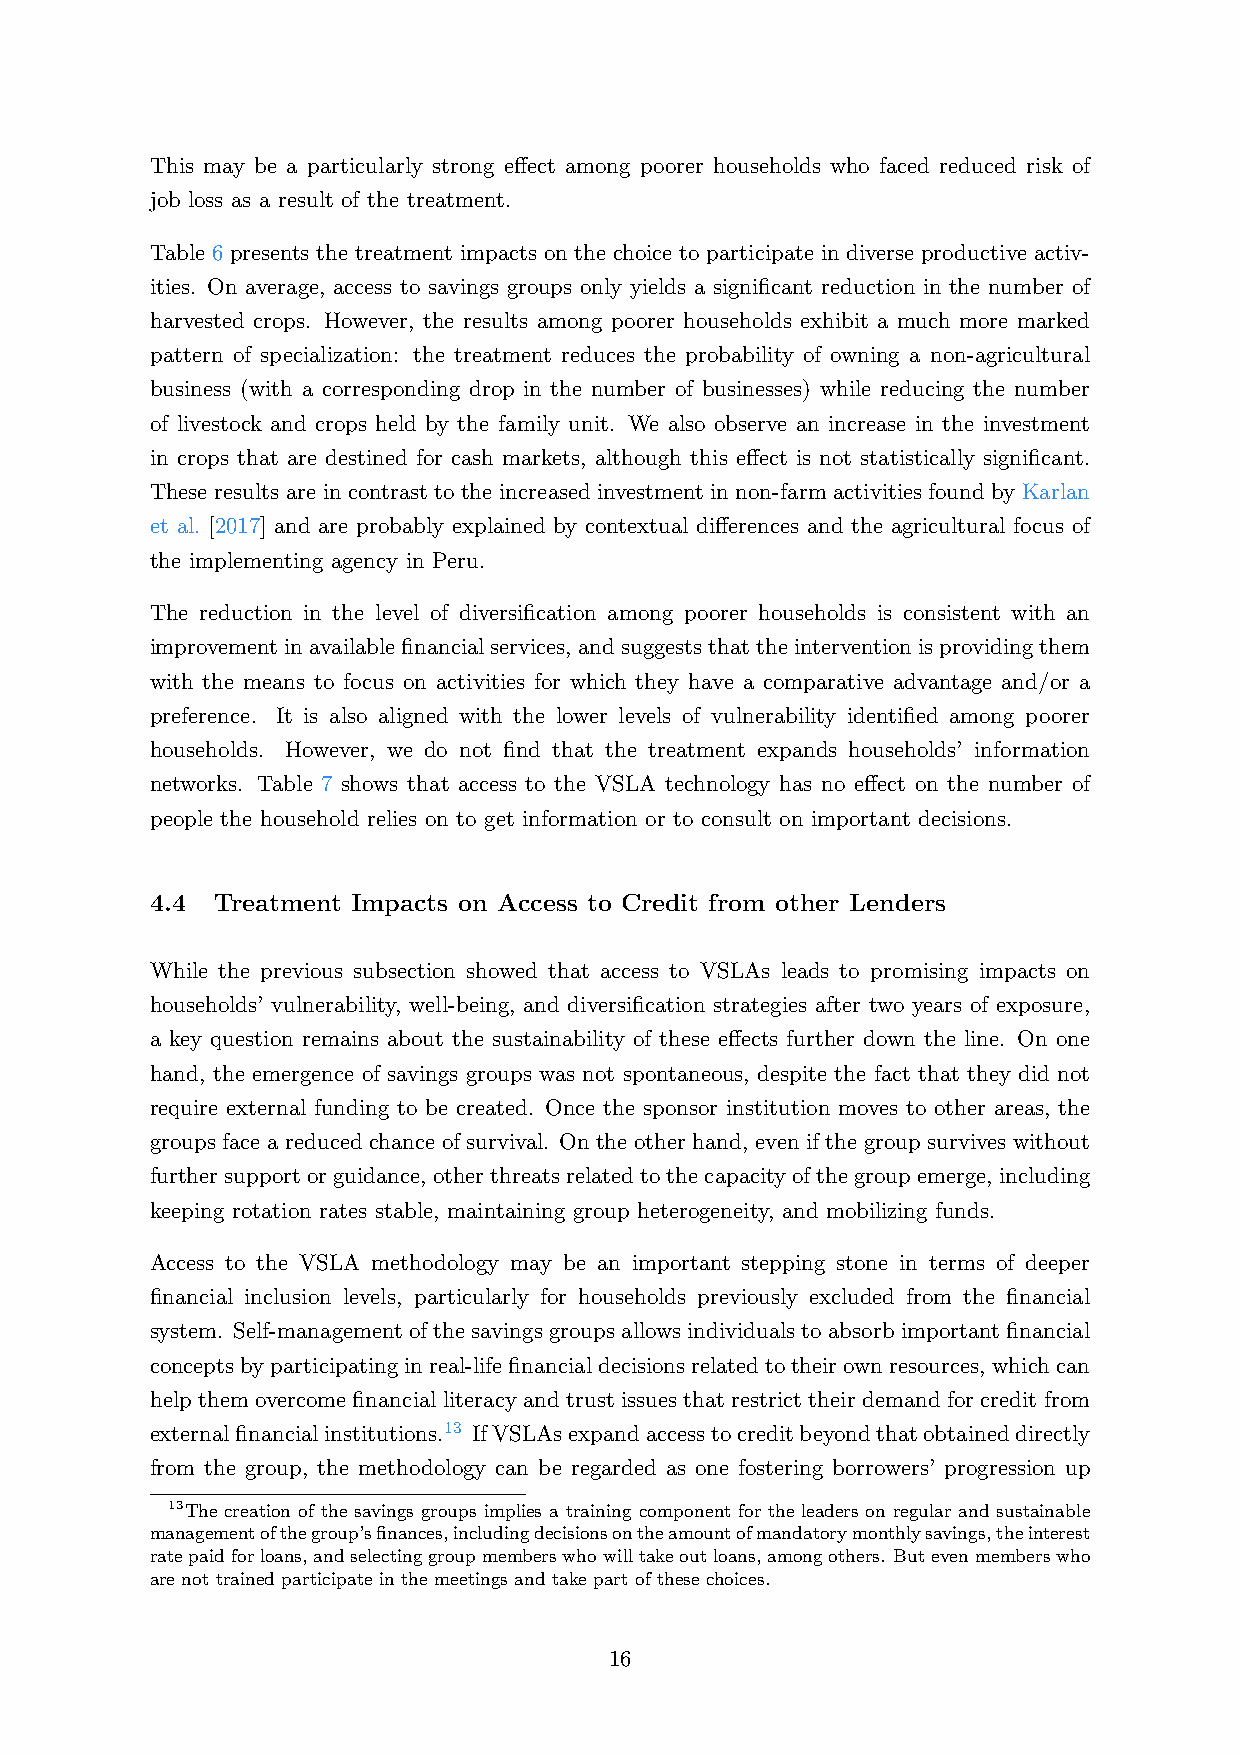
This may be a particularly strong effect among poorer households who faced reduced risk of
 job loss as a result of the treatment.
 Table 6 presents the treatment impacts on the choice to participate in diverse productive activ-
 ities. On average, access to savings groups only yields a significant reduction in the number of
 harvested crops. However, the results among poorer households exhibit a much more marked
 pattern of specialization: the treatment reduces the probability of owning a non-agricultural
 business (with a corresponding drop in the number of businesses) while reducing the number
 of livestock and crops held by the family unit. We also observe an increase in the investment
 in crops that are destined for cash markets, although this effect is not statistically significant.
 These results are in contrast to the increased investment in non-farm activities found by Karlan
 et al. [2017] and are probably explained by contextual differences and the agricultural focus of
 the implementing agency in Peru.
 The reduction in the level of diversification among poorer households is consistent with an
 improvementinavailablefinancialservices, andsuggeststhattheinterventionisprovidingthem
 with the means to focus on activities for which they have a comparative advantage and/or a
 preference. It is also aligned with the lower levels of vulnerability identified among poorer
 households. However, we do not find that the treatment expands households’ information
 networks. Table 7 shows that access to the VSLA technology has no effect on the number of
 people the household relies on to get information or to consult on important decisions.
 4.4 Treatment Impacts on Access to Credit from other Lenders
 While the previous subsection showed that access to VSLAs leads to promising impacts on
 households’ vulnerability, well-being, and diversification strategies after two years of exposure,
 a key question remains about the sustainability of these effects further down the line. On one
 hand, the emergence of savings groups was not spontaneous, despite the fact that they did not
 require external funding to be created. Once the sponsor institution moves to other areas, the
 groups face a reduced chance of survival. On the other hand, even if the group survives without
 furthersupportorguidance, otherthreatsrelatedtothecapacityofthegroupemerge, including
 keeping rotation rates stable, maintaining group heterogeneity, and mobilizing funds.
 Access to the VSLA methodology may be an important stepping stone in terms of deeper
 financial inclusion levels, particularly for households previously excluded from the financial
 system. Self-management of the savings groups allows individuals to absorb important financial
 conceptsbyparticipatinginreal-lifefinancialdecisionsrelatedtotheirownresources, whichcan
 help them overcome financial literacy and trust issues that restrict their demand for credit from
 externalfinancialinstitutions.13 IfVSLAsexpandaccesstocreditbeyondthatobtaineddirectly
 from the group, the methodology can be regarded as one fostering borrowers’ progression up
 13The creation of the savings groups implies a training component for the leaders on regular and sustainable
 managementofthegroup’sfinances,includingdecisionsontheamountofmandatorymonthlysavings,theinterest
 ratepaidforloans,andselectinggroupmemberswhowilltakeoutloans,amongothers. Butevenmemberswho
 are not trained participate in the meetings and take part of these choices.
 16